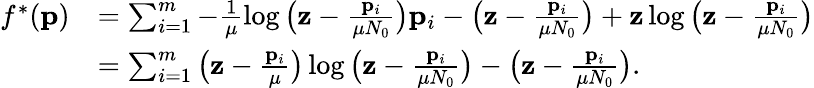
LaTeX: \begin{array}{rl}{f^{*}(\mathbf{p})}&{=\sum_{i=1}^{m}-\frac{1}{\mu}\log\big(\mathbf{z}-\frac{\mathbf{p}_{i}}{\mu N_{0}}\big)\mathbf{p}_{i}-\big(\mathbf{z}-\frac{\mathbf{p}_{i}}{\mu N_{0}}\big)+\mathbf{z}\log\big(\mathbf{z}-\frac{\mathbf{p}_{i}}{\mu N_{0}}\big)}\\ &{=\sum_{i=1}^{m}\big(\mathbf{z}-\frac{\mathbf{p}_{i}}{\mu}\big)\log\big(\mathbf{z}-\frac{\mathbf{p}_{i}}{\mu N_{0}}\big)-\big(\mathbf{z}-\frac{\mathbf{p}_{i}}{\mu N_{0}}\big).}\end{array}